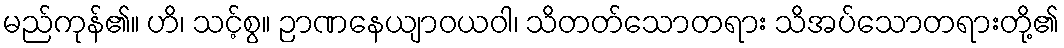
မည်ကုန်၏။ ဟိ၊ သင့်စွ။ ဉာဏနေယျာဝယဝါ၊ သိတတ်သောတရား သိအပ်သောတရားတို့၏